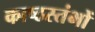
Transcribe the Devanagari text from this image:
काष्ठस्तंभों